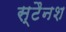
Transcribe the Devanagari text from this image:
स्टैनश